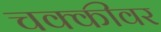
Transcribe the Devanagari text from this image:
चक्कीवर